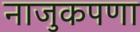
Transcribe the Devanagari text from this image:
नाजुकपणा